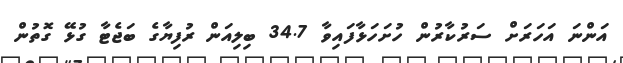
އަންނަ އަހަރަށް ސަރުކާރުން ހުށަހަޅާފައިވާ 34.7 ބިލިއަން ރުފިޔާގެ ބަޖެޓާ ގުޅޭ ގޮތުން